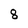
Character: 8